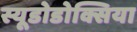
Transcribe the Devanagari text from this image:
स्यूडोडोक्सिया